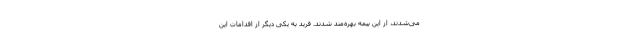
می‌شدند، از این بیمه بهره‌مند شدند. فرید به یکی دیگر از اقدامات این